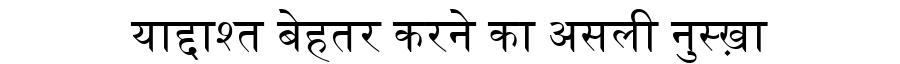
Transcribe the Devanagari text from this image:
याद्दाश्त बेहतर करने का असली नुस्ख़ा